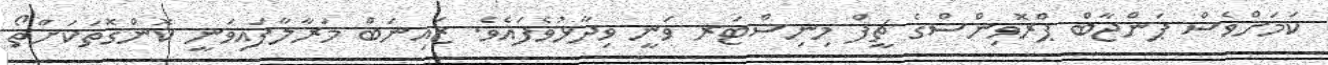
ކަމަށްވެސް ޕަންޖާބް ޕްރޮވިންސްގެ ޗީފް މިނިސްޓަރ ވަނީ ވިދާޅުވެފައެވެ. ޒައިނަބް މަރާލާފައިވަނީ ކޮންގޮތަކަށްތޯ